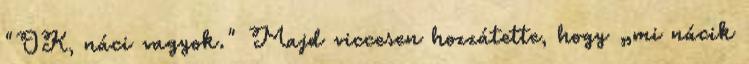
"OK, náci vagyok." Majd viccesen hozzátette, hogy „mi nácik